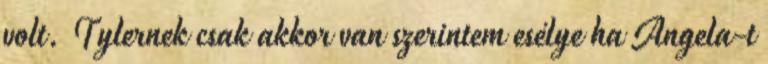
volt. Tylernek csak akkor van szerintem esélye ha Angela-t